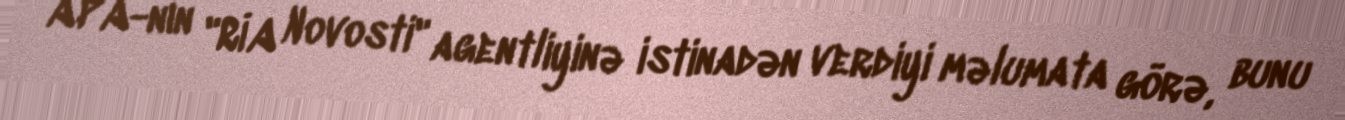
APA-nın "RİA Novosti" agentliyinə istinadən verdiyi məlumata görə, bunu